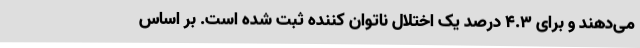
می‌دهند و برای ۴.۳ درصد یک اختلال ناتوان کننده ثبت شده است. بر اساس